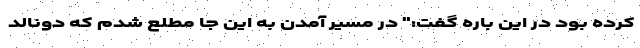
کرده بود در این باره گفت:" در مسیر آمدن به این جا مطلع شدم که دونالد